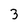
Character: 3